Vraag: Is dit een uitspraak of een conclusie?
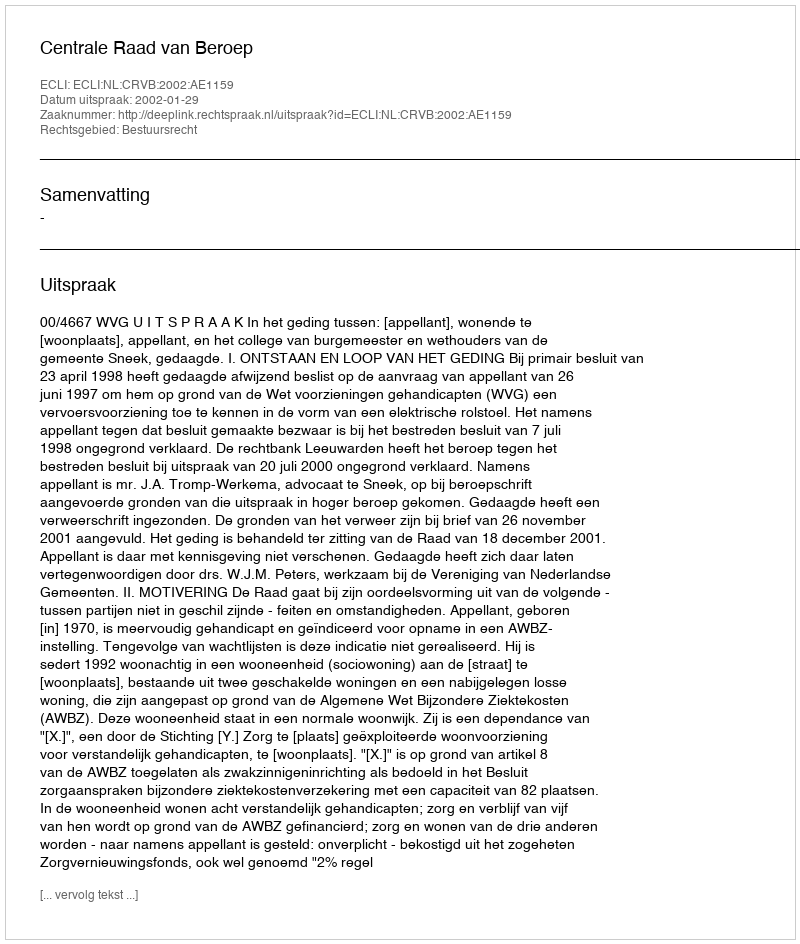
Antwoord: Uitspraak